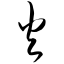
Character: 火